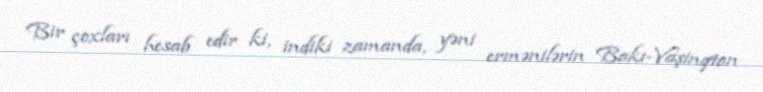
Bir çoxları hesab edir ki, indiki zamanda, yəni ermənilərin Bakı-Vaşinqton